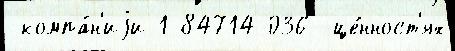
 компа́н'иjи 1-84714-036- це́нност'ях